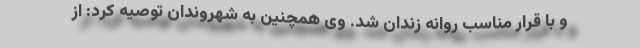
و با قرار مناسب روانه زندان شد. وی همچنین به شهروندان توصیه کرد: از